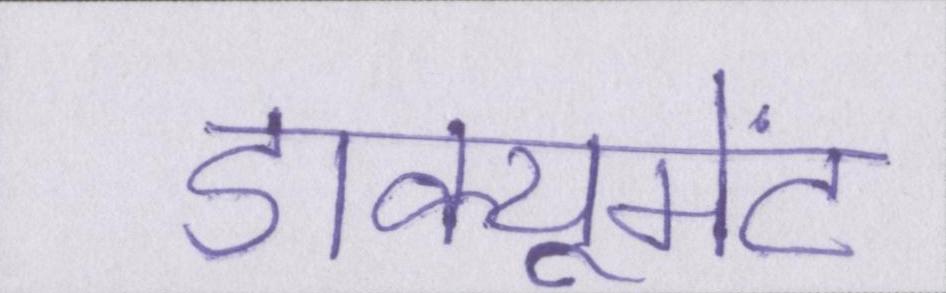
डाक्यूमेंट